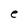
Character: e